Medical and sanitary report of the native army of Bengal for the year
Year: 1874
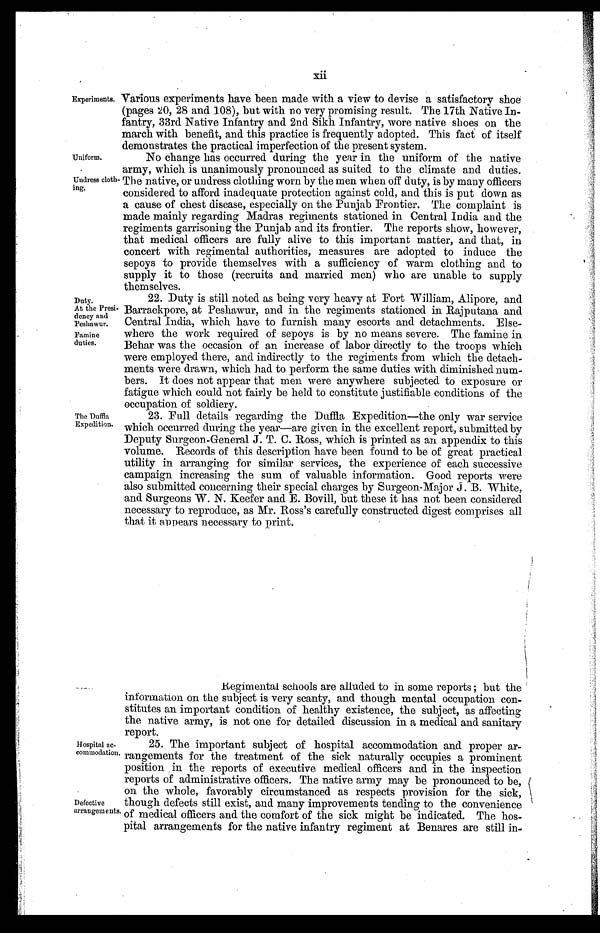
Duty.
At the Presi-
dency and
Peshawur.
Famine
duties.
Experiments.
Uniform.
Undress cloth-
ing.
Various experiments have been made with a view to devise a satisfactory shoe
(pages 20, 28 and 108), but with no very promising result. The 17th Native In-
fantry, 33rd Native Infantry and 2nd Sikh Infantry, wore native shoes on the
march with benefit, and this practice is frequently adopted. This fact of itself
demonstrates the practical imperfection of the present system.
No change has occurred during the year in the uniform of the native
army, which is unanimously pronounced as suited to the climate and duties.
The native, or undress clothing worn by the men when off duty, is by many officers
considered to afford inadequate protection against cold, and this is put down as
a cause of chest disease, especially on the Punjab Frontier. The complaint is
made mainly regarding Madras regiments stationed in Central India and the
regiments garrisoning the Punjab and its frontier. The reports show, however,
that medical officers are fully alive to this important matter, and that, in
concert with regimental authorities, measures are adopted to induce the
sepoys to provide themselves with a sufficiency of warm clothing and to
supply it to those (recruits and married men) who are unable to supply
themselves.
The Duffla
Expedition.
22. Duty is still noted as being very heavy at Fort William, Alipore, and
Barrackpore, at Peshawur, and in the regiments stationed in Rajputana and
Central India, which have to furnish many escorts and detachments. Else-
where the work required of sepoys is by no means severe. The famine in
Behar was the occasion of an increase of labor directly to the troops which
were employed there, and indirectly to the regiments from which the detach-
ments were drawn, which had to perform the same duties with diminished num-
bers. It does not appear that men were anywhere subjected to exposure or
fatigue which could not fairly be held to constitute justifiable conditions of the
occupation of soldiery.
23. Full details regarding the Duffla Expedition—the only war service
which occurred during the year—are given in the excellent report, submitted by
Deputy Surgeon-General J. T. C. Ross, which is printed as an appendix to this
volume. Records of this description have been found to be of great practical
utility in arranging for similar services, the experience of each successive
campaign increasing the sum of valuable information. Good reports were
also submitted concerning their special charges by Surgeon-Major J . B. White,
and Surgeons W. N. Keefer and E. Bovill, but these it has not been considered
necessary to reproduce, as Mr. Ross's carefully constructed digest comprises all
that it appears necessary to print.
Hospital ac-
commodation.
Defective
arrangements.
Regimental schools are alluded to in some reports ; but the
information on the subject is very scanty, and though mental occupation con-
stitutes an important condition of healthy existence, the subject, as affecting
the native army, is not one for detailed discussion in a medical and sanitary
report.
25. The important subject of hospital accommodation and proper ar-
rangements for the treatment of the sick naturally occupies a prominent
position in the reports of executive medical officers and in the inspection
reports of administrative officers. The native army may be pronounced to be,
on the whole, favorably circumstanced as respects provision for the sick,
though defects still exist, and many improvements tending to the convenience
of medical officers and the comfort of the sick might be indicated. The hos-
pital arrangements for the native infantry regiment at Benares are still in-